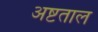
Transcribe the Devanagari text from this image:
अष्टताल